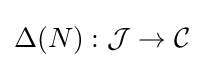
\Delta (N):{\mathcal {J}}\to {\mathcal {C}}